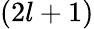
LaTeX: (2l+1)